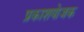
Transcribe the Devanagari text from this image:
प्रकाशयोजक